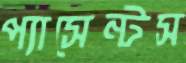
প্যাসেন্টস